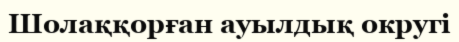
Шолаққорған ауылдық округі